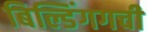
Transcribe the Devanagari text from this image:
बिल्डिंगगची